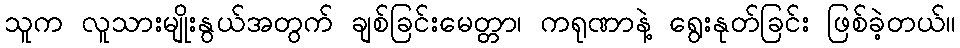
သူက လူသားမျိုးနွယ်အတွက် ချစ်ခြင်းမေတ္တာ၊ ကရုဏာနဲ့ ရွေးနုတ်ခြင်း ဖြစ်ခဲ့တယ်။